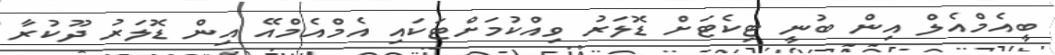
ބީއެމްއެލް އިން ބުނީ ޓިކެޓަށް ޑޮލަރު ވިއްކުމަށްޓަކައި އެމްއެމްއޭ އިން ޑޮލަރު ދޫކުރާ